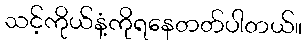
သင့်ကိုယ်နံ့ကိုရနေတတ်ပါတယ်။